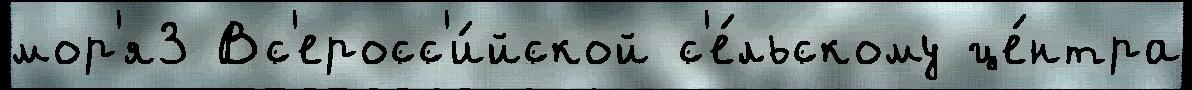
мор'я3 Вс'еросс'и́йской с'е́льскому це́нтра